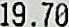
19.70